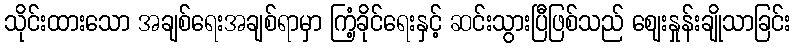
သိုင်းထားသော အချစ်ရေးအချစ်ရာမှာ ကြံ့ခိုင်ရေးနှင့် ဆင်းသွားပြီဖြစ်သည် ဈေးနှုန်းချိုသာခြင်း